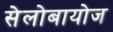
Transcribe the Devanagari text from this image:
सेलोबायोज